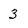
Character: 3